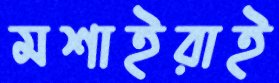
মশাইরাই